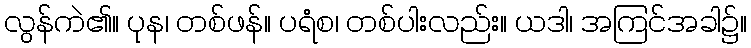
လွန်ကဲ၏။ ပုန၊ တစ်ဖန်။ ပရံစ၊ တစ်ပါးလည်း။ ယဒါ၊ အကြင်အခါ၌။